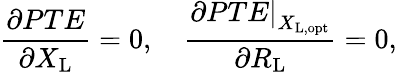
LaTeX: \frac{\partial{PTE}}{\partial X_{\mathrm{L}}}=0,\quad\frac{\left.\partial{PTE}\right|_{X_{\mathrm{L,opt}}}}{\partial R_{\mathrm{L}}}=0,